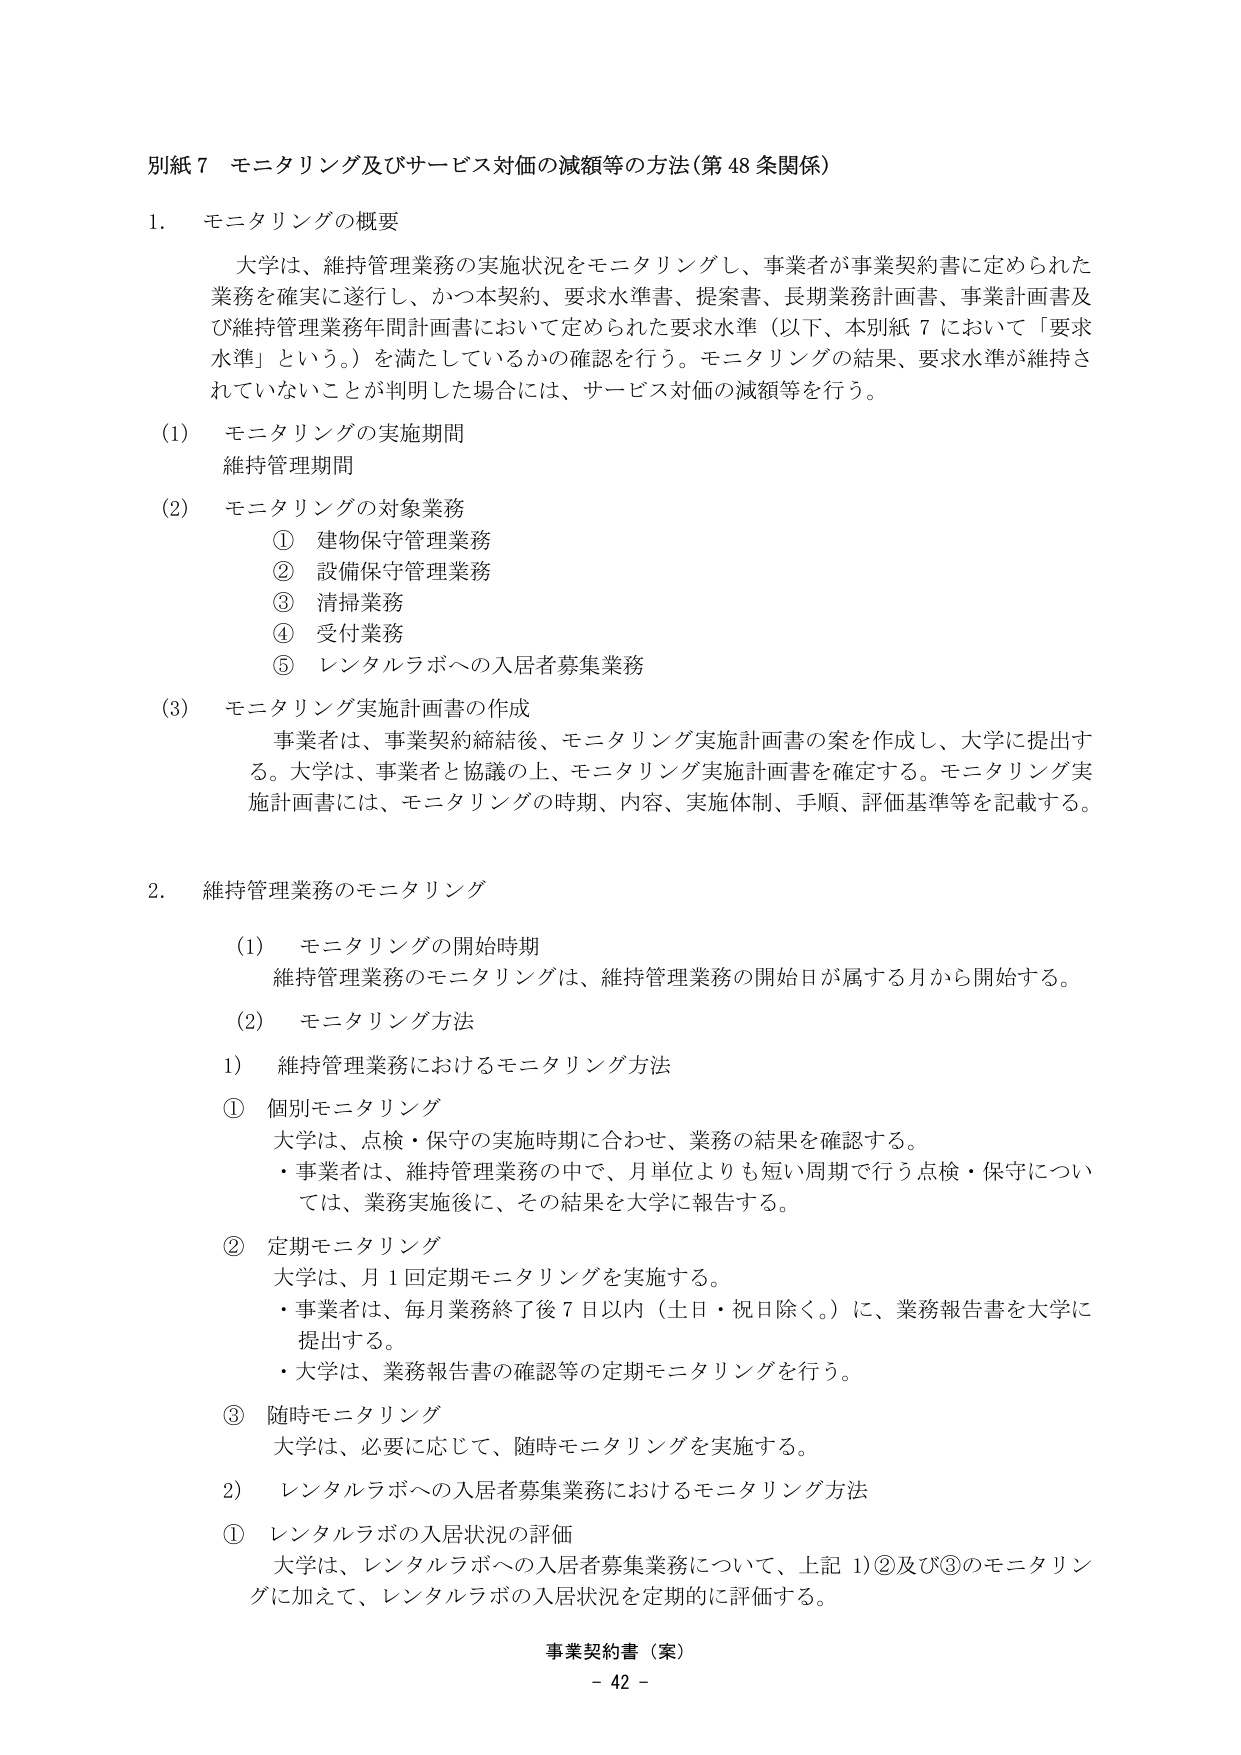
別紙７ モニタリング及びサービス対価の減額等の方法（第48条関係）

1. モニタリングの概要

大学は、維持管理業務の実施状況をモニタリングし、事業者が事業契約書に定められた業務を確実に遂行し、かつ本契約、要求水準書、提案書、長期業務計画書、事業計画書及び維持管理業務年間計画書において定められた要求水準（以下、本別紙７において「要求水準」という。）を満たしているかの確認を行う。モニタリングの結果、要求水準が維持されていないことが判明した場合には、サービス対価の減額等を行う。

(1) モニタリングの実施期間
維持管理期間

(2) モニタリングの対象業務
① 建物保守管理業務
② 設備保守管理業務
③ 清掃業務
④ 受付業務
⑤ レンタルラボへの入居者募集業務

(3) モニタリング実施計画書の作成
事業者は、事業契約締結後、モニタリング実施計画書の案を作成し、大学に提出する。大学は、事業者と協議の上、モニタリング実施計画書を確定する。モニタリング実施計画書には、モニタリングの時期、内容、実施体制、手順、評価基準等を記載する。

2. 維持管理業務のモニタリング

(1) モニタリングの開始時期
維持管理業務のモニタリングは、維持管理業務の開始日が属する月から開始する。

(2) モニタリング方法

1) 維持管理業務におけるモニタリング方法

① 個別モニタリング
大学は、点検・保守の実施時期に合わせ、業務の結果を確認する。
・事業者は、維持管理業務の中で、月単位よりも短い周期で行う点検・保守については、業務実施後に、その結果を大学に報告する。

② 定期モニタリング
大学は、月1回定期モニタリングを実施する。
・事業者は、毎月業務終了後7日以内（土日・祝日除く。）に、業務報告書を大学に提出する。
・大学は、業務報告書の確認等の定期モニタリングを行う。

③ 随時モニタリング
大学は、必要に応じて、随時モニタリングを実施する。

2) レンタルラボへの入居者募集業務におけるモニタリング方法

① レンタルラボの入居状況の評価
大学は、レンタルラボへの入居者募集業務について、上記①②及び③のモニタリングに加えて、レンタルラボの入居状況を定期的に評価する。

事業契約書（案）
- 42 -